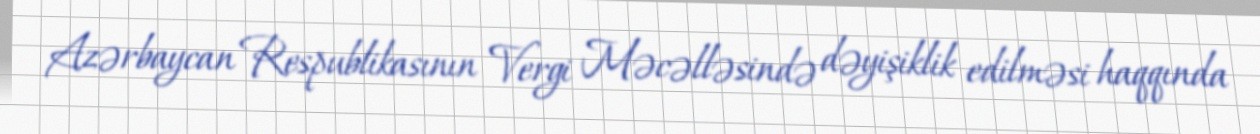
Azərbaycan Respublikasının Vergi Məcəlləsində dəyişiklik edilməsi haqqında